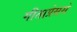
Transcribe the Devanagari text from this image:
गीताप्रेससे